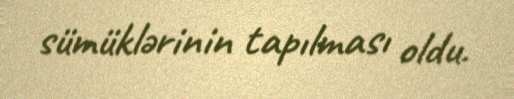
sümüklərinin tapılması oldu.